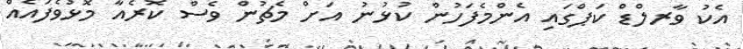
އެކު ވާރލްޑް ކަޕްގައި އެންމެފަހުން ކުޅުނު އަށް މެޗުން ވެސް ކޮރެއާ މޮޅުވެފައެއް